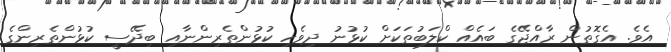
އެވެ. އެގޮތުން ރާއްޖޭގެ ބައެއް ކްލަބުތަކަށް ކުޅުނު ދިވެހި ކުޅުންތެރިންނާއި ބިދޭސީ ކުޅުންތެރިންގެ